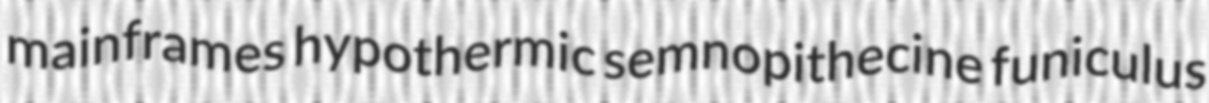
mainframes hypothermic semnopithecine funiculus